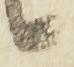
候